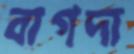
বাগদা